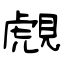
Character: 覤